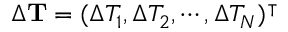
\Delta { \mathbf { T } } = ( \Delta T _ { 1 } , \Delta T _ { 2 } , \cdots , \Delta T _ { N } ) ^ { \intercal }